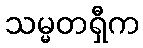
သမ္မတရှီက